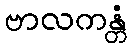
ဗာလကန္တံ